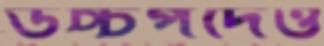
উচ্চপদেও